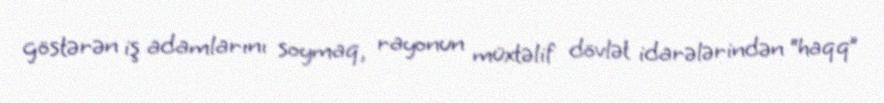
göstərən iş adamlarını soymaq, rayonun müxtəlif dövlət idarələrindən “haqq”